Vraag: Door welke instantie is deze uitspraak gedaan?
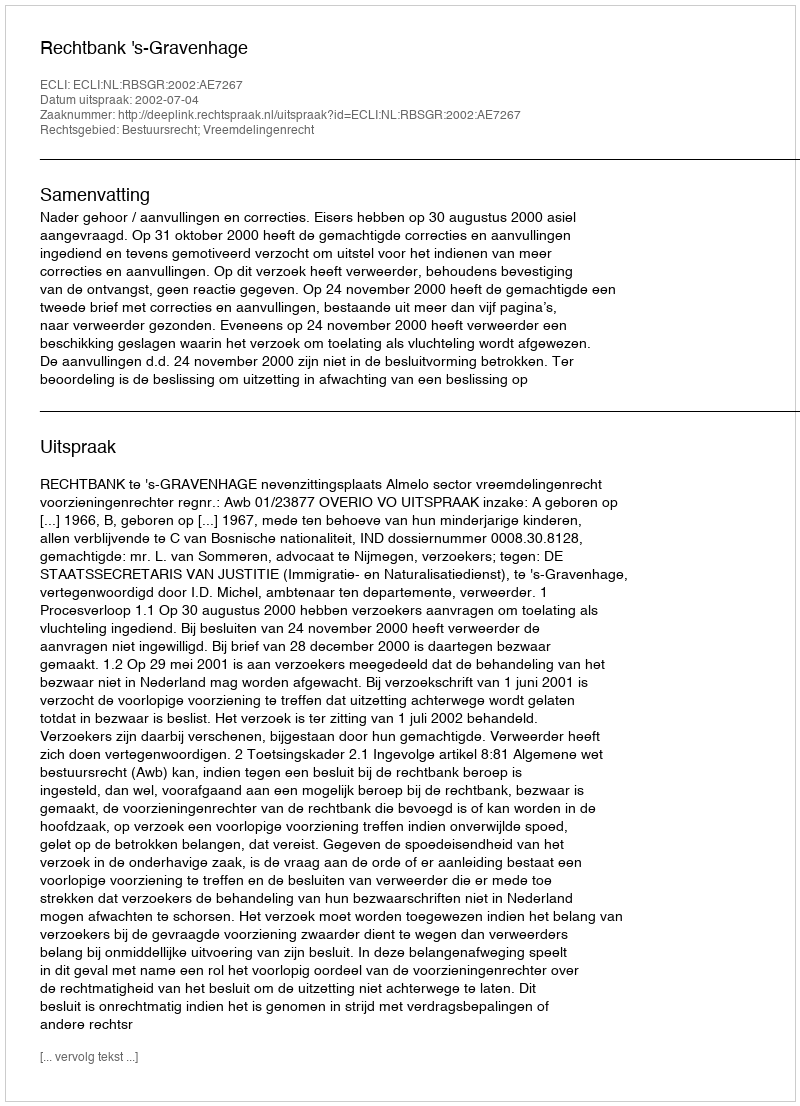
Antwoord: Rechtbank 's-Gravenhage